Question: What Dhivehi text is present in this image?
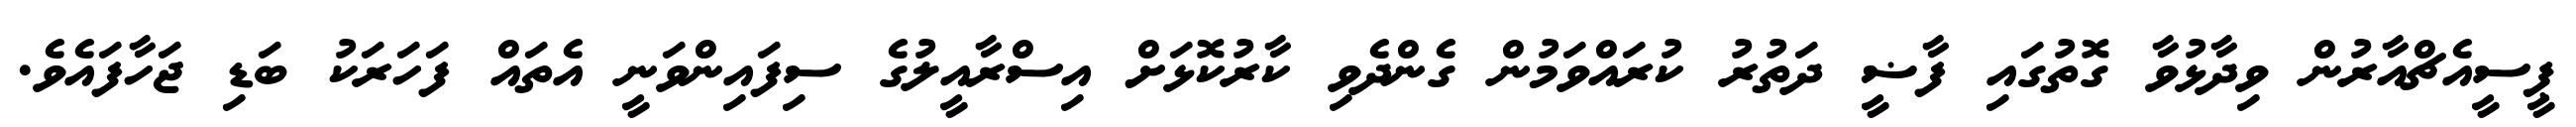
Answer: ޕީސީއެޗްއާރުން ވިދާޅުވާ ގޮތުގައި ފާޟީ ދަތުރު ކުރައްވަމުން ގެންދެވި ކާރުކޮޅަށް އިސްރާއީލުގެ ސިފައިންވަނީ އެތައް ފަހަރަކު ބަޑި ޖަހާފައެވެ.